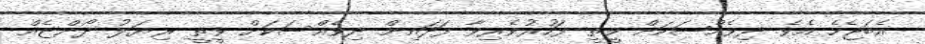
އެބަޖެހެ އެވެ. ދިވެއްސަކަށް ވީތީ ފަހުރުވެރިވާ ފަދައިން ދިވެއްސަކަށް ވީތީ ރިޔަލު ދޯންޏެއް